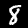
Digit: 8